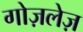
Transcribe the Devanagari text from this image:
गोज़लेज़